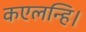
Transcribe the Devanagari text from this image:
कएलन्हि।